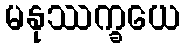
မနုဿက္ခယေ